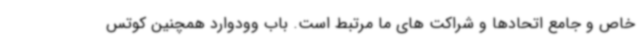
خاص و جامع اتحادها و شراکت های ما مرتبط است. باب وودوارد همچنین کوتس